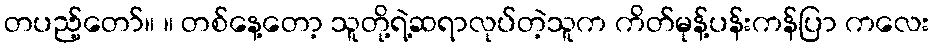
တပည့်တော်။ ။ တစ်နေ့တော့ သူတို့ရဲ့ဆရာလုပ်တဲ့သူက ကိတ်မုန့်ပန်းကန်ပြာ ကလေး